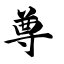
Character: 尊